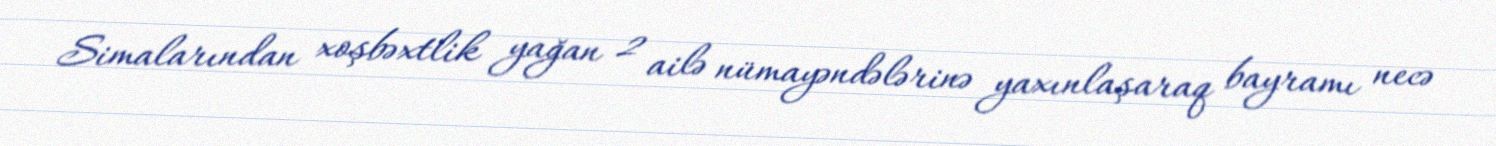
Simalarından xoşbəxtlik yağan 2 ailə nümayəndələrinə yaxınlaşaraq bayramı necə